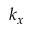
k _ { x }